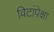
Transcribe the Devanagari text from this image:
विटांपेक्षा